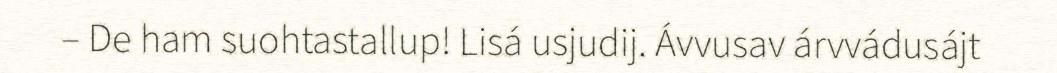
– De ham suohtastallup! Lisá usjudij. Ávvusav árvvádusájt